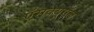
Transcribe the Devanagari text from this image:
ऍसक्यूऍल